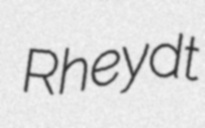
Rheydt